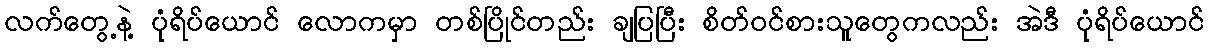
လက်တွေ့နဲ့ ပုံရိပ်ယောင် လောကမှာ တစ်ပြိုင်တည်း ချပြပြီး စိတ်ဝင်စားသူတွေကလည်း အဲဒီ ပုံရိပ်ယောင်